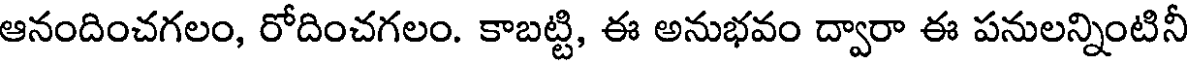
ఆనందించగలం, రోదించగలం. కాబట్టి, ఈ అనుభవం ద్వారా ఈ పనులన్నింటినీ